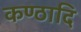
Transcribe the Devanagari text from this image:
कण्ठादि